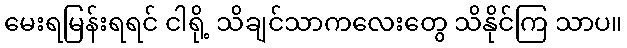
မေးရမြန်းရရင် ငါရို့ သိချင်သာကလေးတွေ သိနိုင်ကြ သာပ။